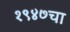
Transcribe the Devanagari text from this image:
१९४७चा